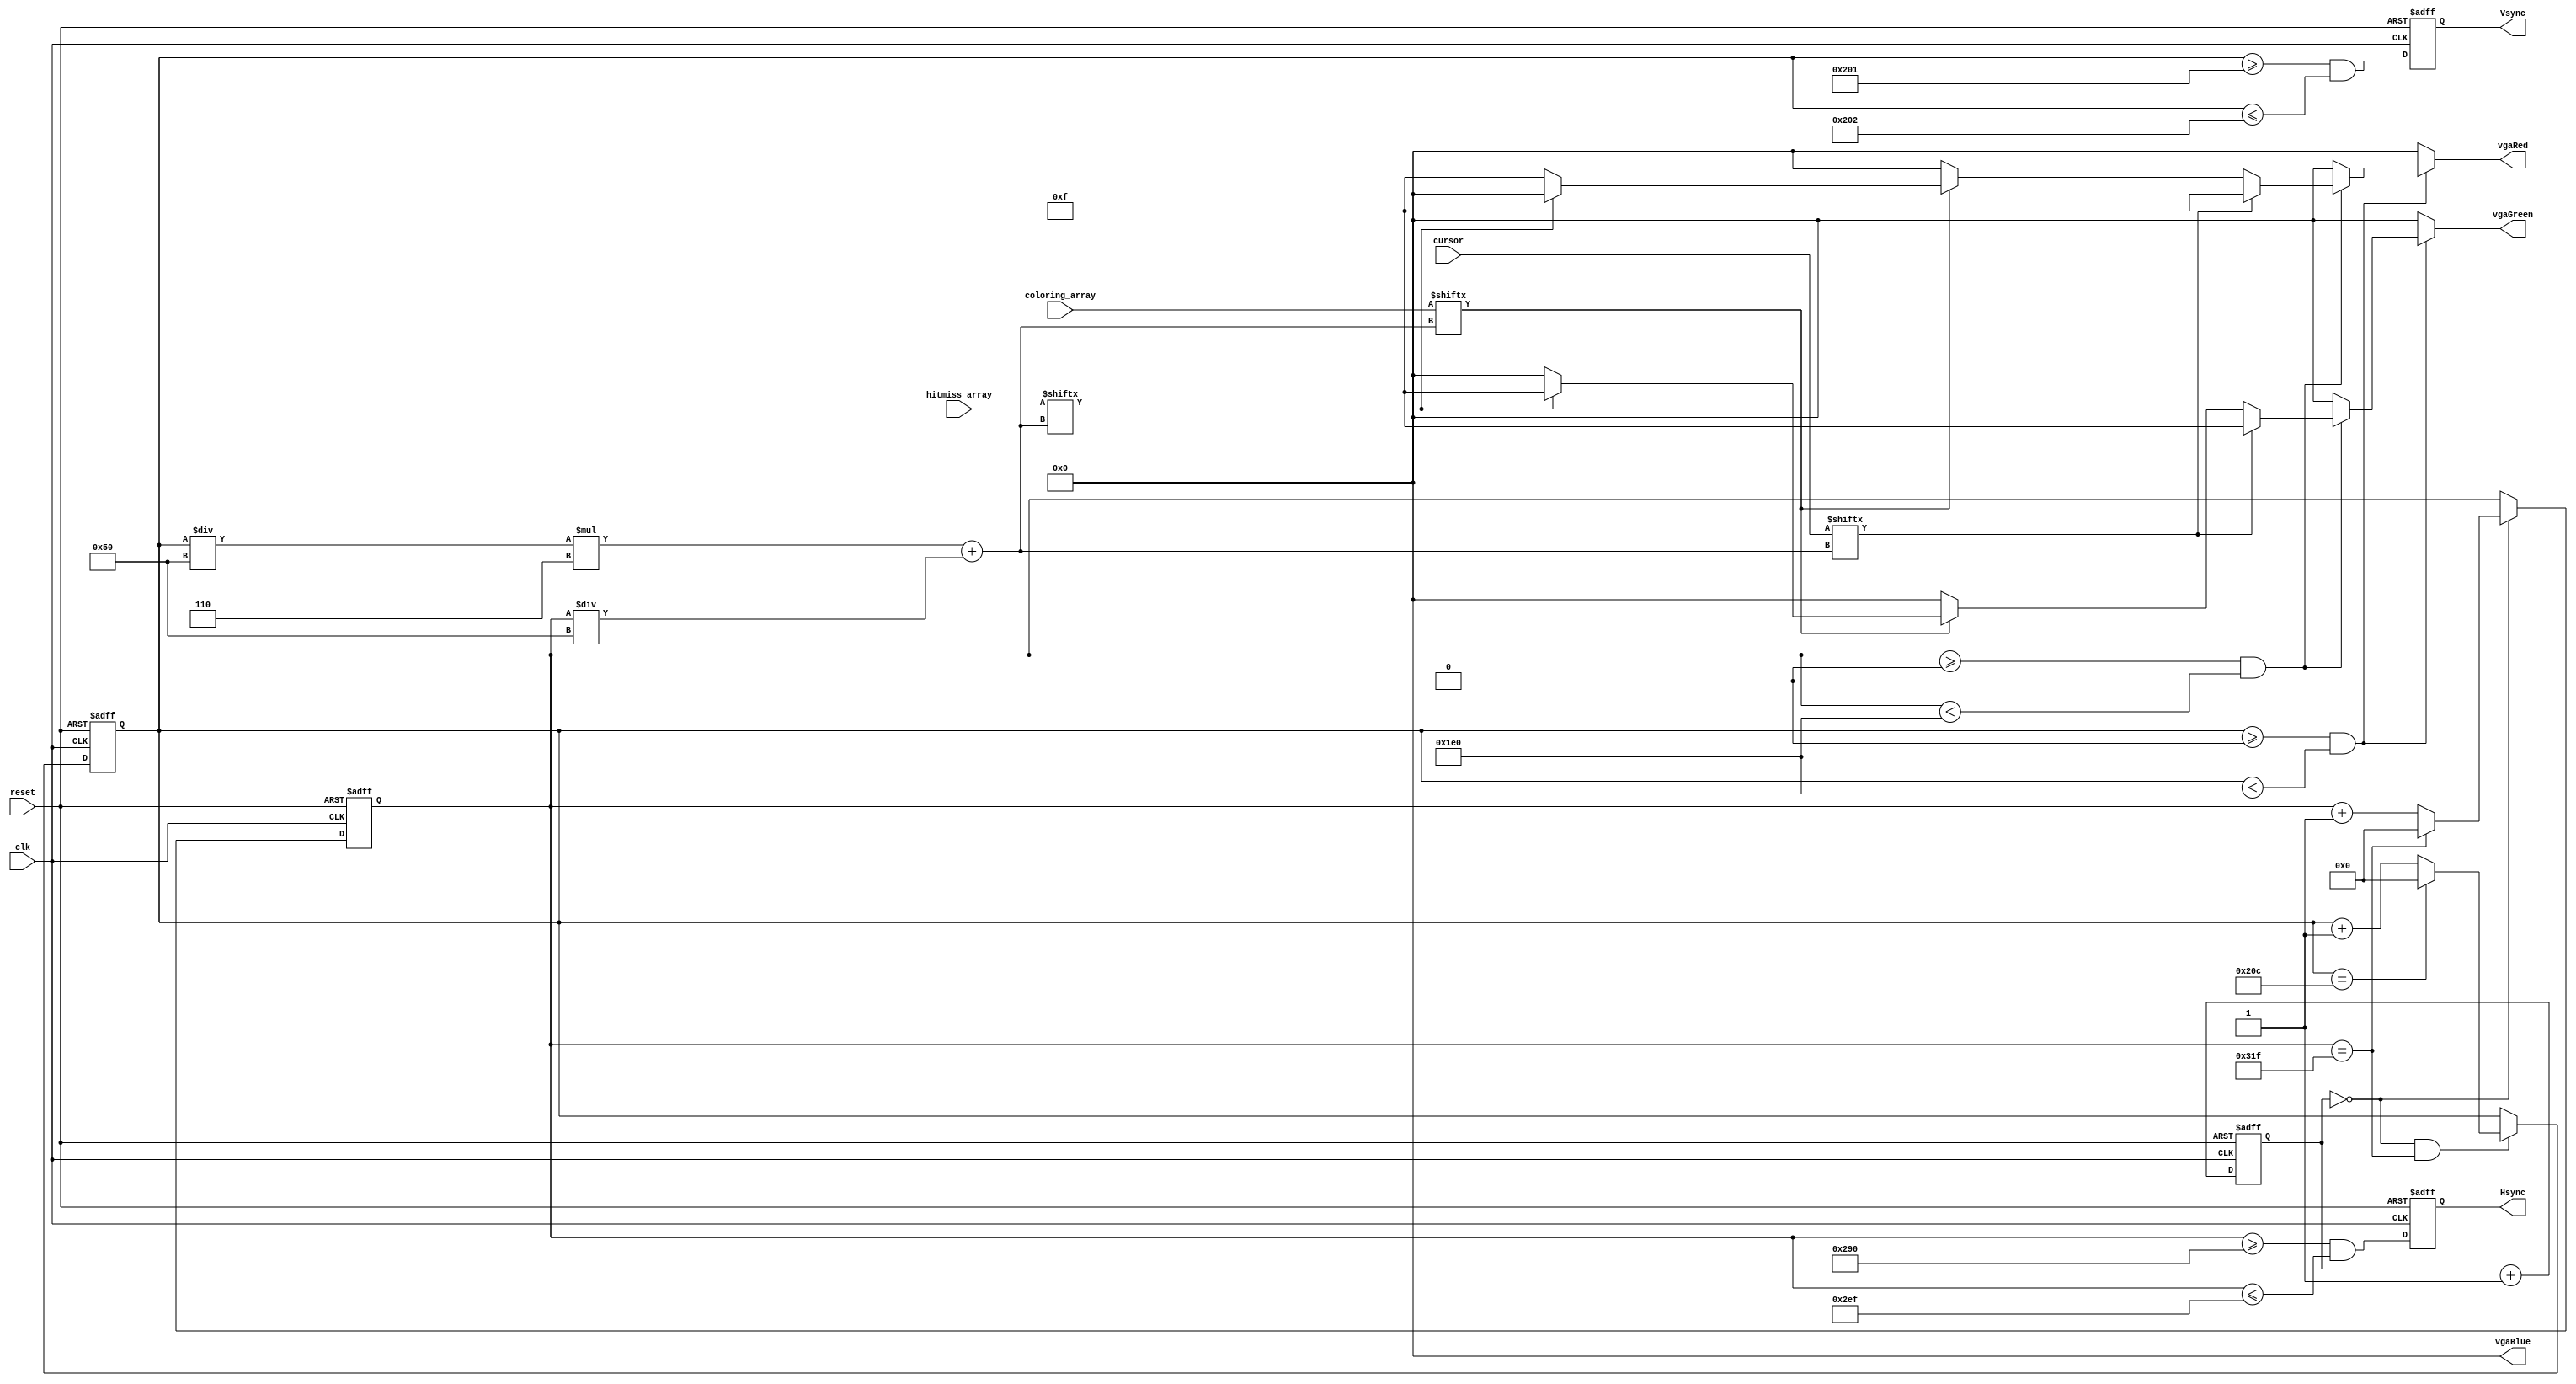
`timescale 1ns / 1ps
//////////////////////////////////////////////////////////////////////////////////
// Company: 
// Engineer: 
// 
// Design Name: 
// Module Name: vga_display
// Project Name: 
// Target Devices: 
// Tool Versions: 
// Description: 
// 
// Dependencies: 
// 
// Revision:
// Revision 0.01 - File Created
// Additional Comments:
// 
//////////////////////////////////////////////////////////////////////////////////

module vga_display
(
input wire clk, reset,
output wire Hsync, Vsync,
input wire [35:0] coloring_array,
   input wire [35:0] hitmiss_array,
        input wire [35:0] cursor,
output reg [3:0] vgaRed,
output reg [3:0] vgaGreen,
output reg [3:0] vgaBlue
);

// constant declarations for VGA sync parameters
localparam H_DISPLAY       = 640; // horizontal display area
localparam H_L_BORDER      =  48; // horizontal left border
localparam H_R_BORDER      =  16; // horizontal right border
localparam H_RETRACE       =  96; // horizontal retrace
localparam H_MAX           = H_DISPLAY + H_L_BORDER + H_R_BORDER + H_RETRACE - 1;
localparam START_H_RETRACE = H_DISPLAY + H_R_BORDER;
localparam END_H_RETRACE   = H_DISPLAY + H_R_BORDER + H_RETRACE - 1;

localparam V_DISPLAY       = 480; // vertical display area
localparam V_T_BORDER      =  10; // vertical top border
localparam V_B_BORDER      =  33; // vertical bottom border
localparam V_RETRACE       =   2; // vertical retrace
localparam V_MAX           = V_DISPLAY + V_T_BORDER + V_B_BORDER + V_RETRACE - 1;
        localparam START_V_RETRACE = V_DISPLAY + V_B_BORDER;
localparam END_V_RETRACE   = V_DISPLAY + V_B_BORDER + V_RETRACE - 1;

// mod-4 counter to generate 25 MHz pixel tick
reg [1:0] pixel_reg;
wire [1:0] pixel_next;
wire pixel_tick;

always @(posedge clk, posedge reset)
if(reset)
 pixel_reg <= 0;
else
 pixel_reg <= pixel_next;

assign pixel_next = pixel_reg + 1; // increment pixel_reg

assign pixel_tick = (pixel_reg == 0); // assert tick 1/4 of the time

// registers to keep track of current pixel location
reg [9:0] h_count_reg, h_count_next, v_count_reg, v_count_next;

// register to keep track of vsync and hsync signal states
reg vsync_reg, hsync_reg;
wire vsync_next, hsync_next;
 
// infer registers
always @(posedge clk, posedge reset)
if(reset)
   begin
                    v_count_reg <= 0;
                    h_count_reg <= 0;
                    vsync_reg   <= 0;
                    hsync_reg   <= 0;
   end
else
   begin
                    v_count_reg <= v_count_next;
                    h_count_reg <= h_count_next;
                    vsync_reg   <= vsync_next;
                    hsync_reg   <= hsync_next;
   end

// next-state logic of horizontal vertical sync counters
always @*
begin
h_count_next = pixel_tick ?
              h_count_reg == H_MAX ? 0 : h_count_reg + 1
      : h_count_reg;

v_count_next = pixel_tick && h_count_reg == H_MAX ?
              (v_count_reg == V_MAX ? 0 : v_count_reg + 1)
      : v_count_reg;
end

        // hsync and vsync are active low signals
        // hsync signal asserted during horizontal retrace
        assign hsync_next = h_count_reg >= START_H_RETRACE
                            && h_count_reg <= END_H_RETRACE;
   
        // vsync signal asserted during vertical retrace
        assign vsync_next = v_count_reg >= START_V_RETRACE
                            && v_count_reg <= END_V_RETRACE;

        // video only on when pixels are in both horizontal and vertical display region
        assign video_on = (h_count_reg < H_DISPLAY)
                          && (v_count_reg < V_DISPLAY);
                         
       
       
        parameter width = 80;
        parameter height = 80;
        integer curr_cell;                  
always @(*)
begin
// first check if we're within vertical active video range
if (v_count_reg >= 0 && v_count_reg < V_DISPLAY)
begin
     if(h_count_reg >= 0 && h_count_reg < 480) begin
         curr_cell = (v_count_reg / height) * 6 + (h_count_reg / width);
         //color cursor first
         if(cursor[curr_cell] == 1) begin
             vgaRed = 4'b1111;
             vgaGreen = 4'b1111;
             vgaBlue = 4'b0000;
         end
         //no cursor colored
         else
         begin
         //look if cell has been interacted with, if so, register hit/miss
         if(coloring_array[curr_cell] == 1) begin
             //hit
             if(hitmiss_array[curr_cell] == 1) begin
                 vgaRed = 4'b0000;
                 vgaGreen = 4'b1111;
                 vgaBlue = 4'b0000;
             end
             //miss
             else
             begin
                 vgaRed = 4'b1111;
                 vgaGreen = 4'b0000;
                 vgaBlue = 4'b0000;  
             end
           end
           //stay as black since no interaction
          else begin
             vgaRed = 4'b0000;
             vgaGreen = 4'b0000;
             vgaBlue = 4'b0000;
             end
         end
         
     end
// we're outside active horizontal range so display black
else
begin
vgaRed = 0;
vgaGreen = 0;
vgaBlue = 0;
end
end
// we're outside active vertical range so display black
else
begin
vgaRed = 0;
vgaGreen = 0;
vgaBlue = 0;
end
end
        // output signals
        assign Hsync  = hsync_reg;
        assign Vsync  = vsync_reg;
        // assign x      = h_count_reg;
        // assign y      = v_count_reg;
        // assign p_tick = pixel_tick;
endmodule